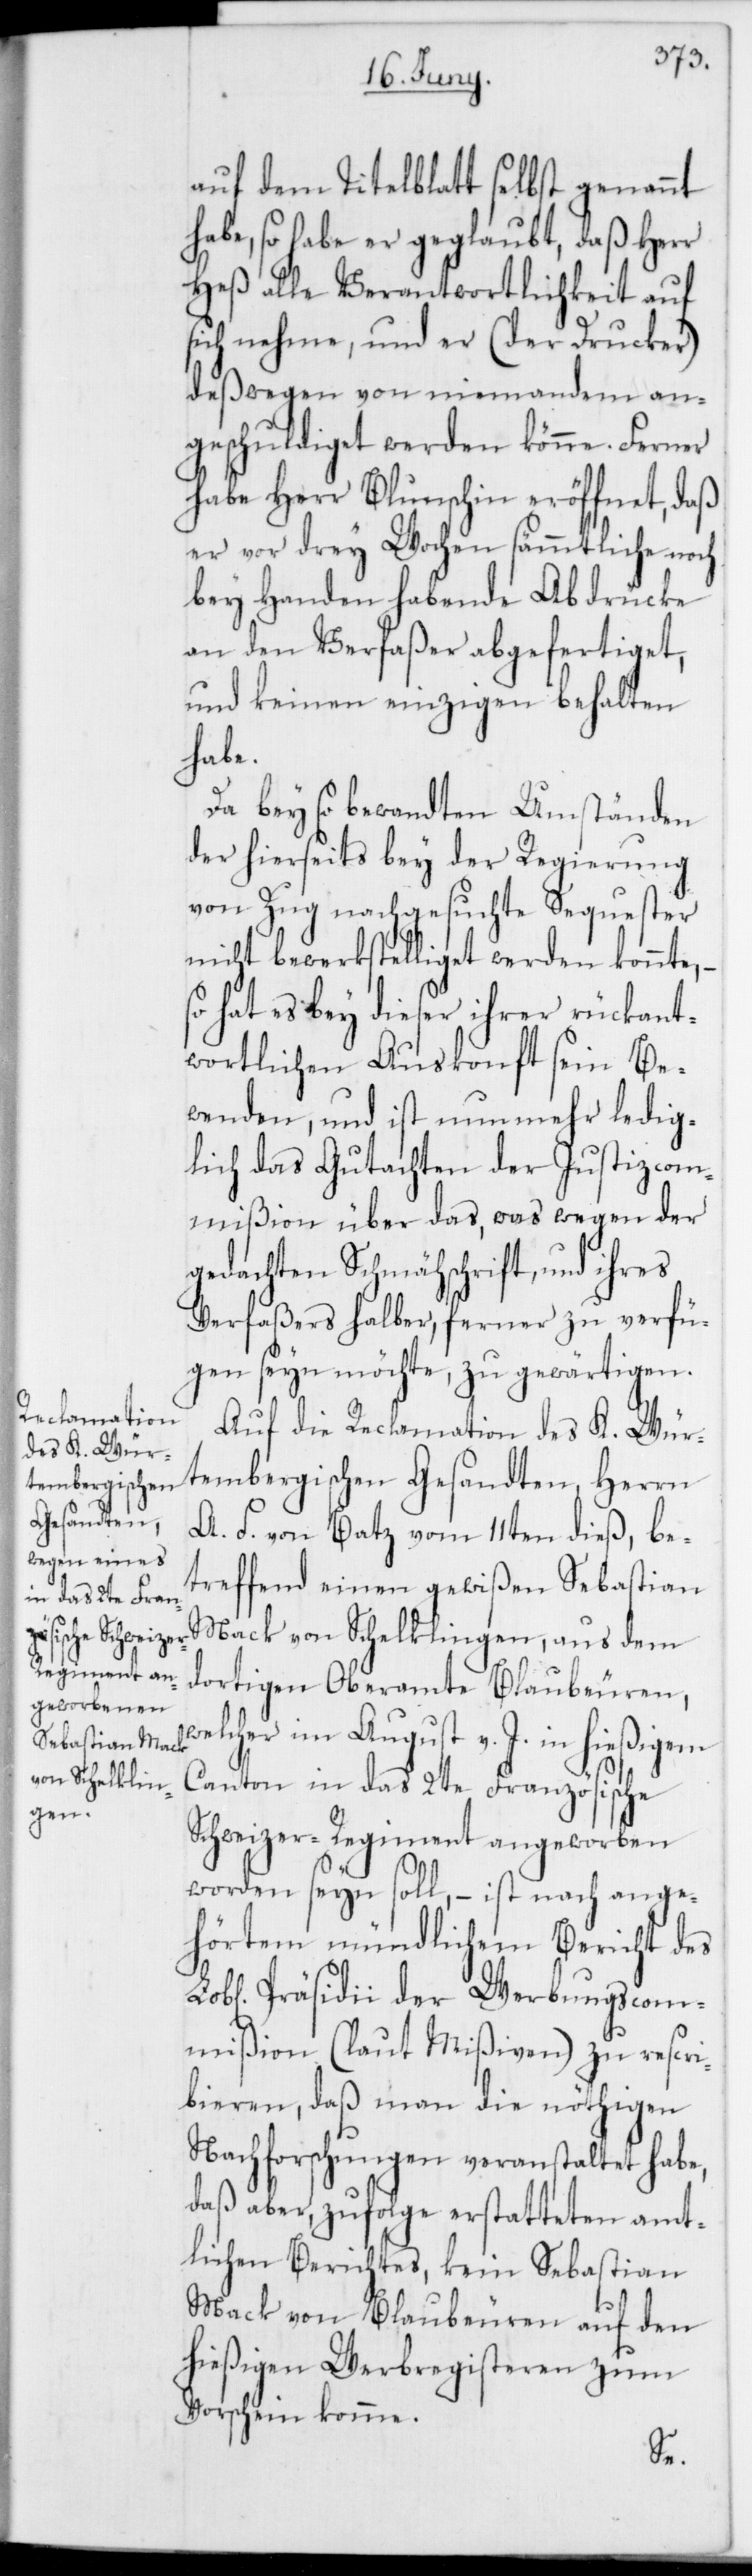
auf dem Titelblatt selbst genannt
habe, so habe er geglaubt, daß Herr
Heß alle Verantwortlichkeit auf
sich nehme, und er (der Drucker)
deßwegen von niemandem an¬
geschuldiget werden könne. Ferner
habe Herr Blunschin eröffnet, daß
er vor drey Wochen sämmtliche noch
bey Handen habende Abdrücke
an den Verfaßer abgefertiget,
und keinen einzigen behalten
habe.
Da bey so bewandten Umständen
der hierseits bey der Regierung
von Zug nachgesuchte Sequester
nicht bewerkstelliget werden konnte,
so hat es bey dieser ihrer rückant¬
wortlichen Auskonft sein Be¬
wenden, und ist nunmehr ledig¬
lich das Gutachten der Justizcom¬
mißion über das, was wegen der
gedachten Schmähschrift und ihres
Verfaßers halber, ferner zu verfü¬
gen seyn möchte, zu gewärtigen.
Auf die Reclamation des K. Wür¬
tembergischen Gesandten, Herrn
A. F. von Batz vom 11ten dieß, be¬
treffend einen gewißen Sebastian
Mack von Schelklingen, aus dem
dortigen Oberamte Blaubeuren,
welcher im August v. J. in hießigem
Canton in das 2te Französische
Schweizer-Regiment angeworben
worden seyn soll, – ist nach ange¬
hörtem mündlichem Bericht des
Lobl. Präsidii der Werbungscom¬
mißion (laut Mißiven) zu rescri¬
bieren, daß man die nötigen
Nachforschungen veranstaltet habe,
daß aber, zufolge erstatteten amt¬
lichen Berichtes, kein Sebastian
Mack von Blaubeuren auf den
hießigen Werbregisteren zum
Vorschein komme.